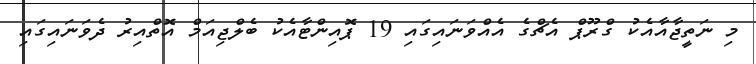
މި ނަތީޖާއާއެކު ގްރޫޕް އެޗްގެ އެއްވަނައިގައި 19 ޕޮއިންޓާއެކު ބެލްޖިއަމް އޮތްއިރު ދެވަނައިގައި